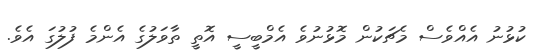
ކުޅުނު އެއްވެސް މެޗަކުން މޮޅުނުވެ އެމްބީސީ އޮތީ ތާވަލުގެ އެންމެ ފުލުގަ އެވެ.